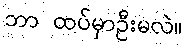
ဘာ ထပ်မှာဦးမလဲ။